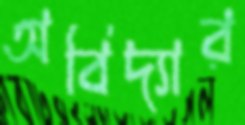
অবিদ্যার